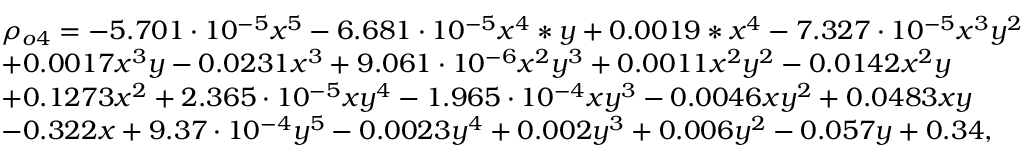
\begin{array} { r l } & { \rho _ { o 4 } = - 5 . 7 0 1 \cdot 1 0 ^ { - 5 } x ^ { 5 } - 6 . 6 8 1 \cdot 1 0 ^ { - 5 } x ^ { 4 } * y + 0 . 0 0 1 9 * x ^ { 4 } - 7 . 3 2 7 \cdot 1 0 ^ { - 5 } x ^ { 3 } y ^ { 2 } } \\ & { + 0 . 0 0 1 7 x ^ { 3 } y - 0 . 0 2 3 1 x ^ { 3 } + 9 . 0 6 1 \cdot 1 0 ^ { - 6 } x ^ { 2 } y ^ { 3 } + 0 . 0 0 1 1 x ^ { 2 } y ^ { 2 } - 0 . 0 1 4 2 x ^ { 2 } y } \\ & { + 0 . 1 2 7 3 x ^ { 2 } + 2 . 3 6 5 \cdot 1 0 ^ { - 5 } x y ^ { 4 } - 1 . 9 6 5 \cdot 1 0 ^ { - 4 } x y ^ { 3 } - 0 . 0 0 4 6 x y ^ { 2 } + 0 . 0 4 8 3 x y } \\ & { - 0 . 3 2 2 x + 9 . 3 7 \cdot 1 0 ^ { - 4 } y ^ { 5 } - 0 . 0 0 2 3 y ^ { 4 } + 0 . 0 0 2 y ^ { 3 } + 0 . 0 0 6 y ^ { 2 } - 0 . 0 5 7 y + 0 . 3 4 , } \end{array}